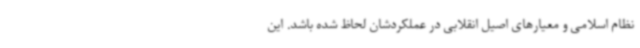
نظام اسلامی و معیارهای اصیل انقلابی در عملکردشان لحاظ شده باشد. این